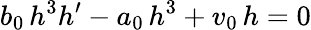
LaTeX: b_{0}\, h^{3}h^{\prime}-a_{0}\, h^{3}+v_{0}\, h=0